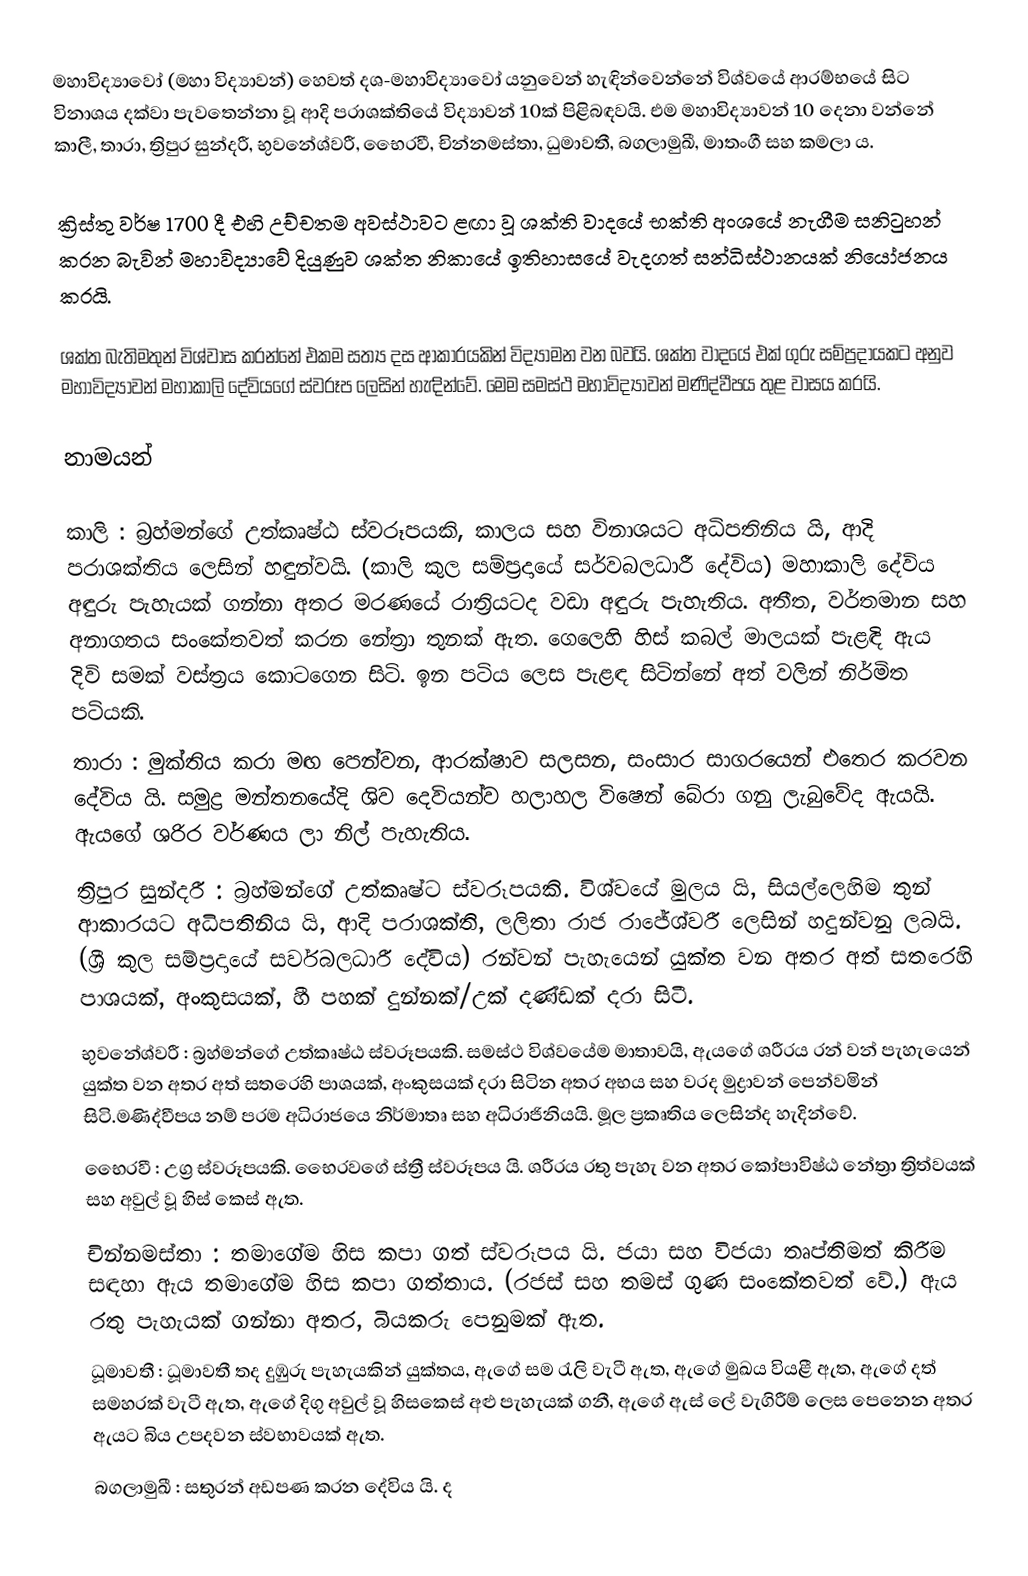
මහාවිද්‍යාවෝ (මහා විද්‍යාවන්) හෙවත් දශ-මහාවිද්‍යාවෝ යනුවෙන් හැඳින්වෙන්නේ විශ්වයේ ආරම්භයේ සිට විනාශය දක්වා පැවතෙන්නා වූ ආදි පරාශක්තියේ විද්‍යාවන් 10ක් පිළිබඳවයි. එම මහාවිද්‍යාවන් 10 දෙනා වන්නේ කාලී, තාරා, ත්‍රිපුර සුන්දරී, භුවනේශ්වරී, භෛරවී, චින්නමස්තා, ධුමාවතී, බගලාමුඛී, මාතංගී සහ කමලා ය.

ක්‍රිස්තු වර්ෂ 1700 දී එහි උච්චතම අවස්ථාවට ළඟා වූ ශක්ති වාදයේ භක්ති අංශයේ නැගීම සනිටුහන් කරන බැවින් මහාවිද්‍යාවේ දියුණුව ශක්ත නිකායේ ඉතිහාසයේ වැදගත් සන්ධිස්ථානයක් නියෝජනය කරයි.

ශක්ත බැතිමතුන් විශ්වාස කරන්නේ එකම සත්‍ය දස ආකාරයකින් විද්‍යාමන වන බවයි. ශක්ත වාදයේ එක් ගුරු සම්ප්‍රදායකට අනුව මහාවිද්‍යාවන් මහාකාලි දේවියගේ ස්වරූප ලෙසින් හැඳින්වේ. මෙම සමස්ථ මහාවිද්‍යාවන් මණිද්වීපය තුළ වාසය කරයි.

නාමයන්

 කාලි : බ්‍රහ්මන්ගේ උත්කෘෂ්ඨ ස්වරූපයකි, කාලය සහ විනාශයට අධිපතිනිය යි, ආදි පරාශක්තිය ලෙසින් හඳුන්වයි. (කාලි කුල සම්ප්‍රදායේ සර්වබලධාරී දේවිය) මහාකාලි දේවිය අඳුරු පැහැයක් ගන්නා අතර මරණයේ රාත්‍රියටද වඩා අඳුරු පැහැතිය. අතීත, වර්තමාන සහ අනාගතය සංකේතවත් කරන නේත්‍රා තුනක් ඇත. ගෙලෙහි හිස් කබල් මාලයක් පැළඳි ඇය දිවි සමක් වස්ත්‍රය කොටගෙන සිටි. ඉන පටිය ලෙස පැළඳ සිටින්නේ අත් වලින් නිර්මිත පටියකි.
 තාරා : මුක්තිය කරා මඟ පෙන්වන, ආරක්ෂාව සලසන, සංසාර සාගරයෙන් එතෙර කරවන දේවිය යි. සමුද්‍ර මන්තනයේදි ශිව දෙවියන්ව හලාහල විෂෙන් බේරා ගනු ලැබුවේද ඇයයි. ඇයගේ ශරිර වර්ණය ලා නිල් පැහැතිය.
 ත්‍රිපුර සුන්දරී : බ්‍රහ්මන්ගේ උත්කෘෂ්ට ස්වරූපයකි. විශ්වයේ මුලය යි, සියල්ලෙහිම තුන් ආකාරයට අධිපතිනිය යි, ආදි පරාශක්ති, ලලිතා රාජ රාජේශ්වරී ලෙසින් හදුන්වනු ලබයි. (ශ්‍රී කුල සම්ප්‍රදායේ සර්වබලධාරී දේවිය) රන්වන් පැහැයෙන් යුක්ත වන අතර අත් සතරෙහි පාශයක්, අංකුසයක්, හී පහක් දුන්නක්/උක් දණ්ඩක් දරා සිටී.
 භුවනේශ්වරී : බ්‍රහ්මන්ගේ උත්කෘෂ්ඨ ස්වරූපයකි. සමස්ථ විශ්වයේම මාතාවයි, ඇයගේ ශරීරය රන් වන් පැහැයෙන් යුක්ත වන අතර අත් සතරෙහි පාශයක්, අංකුසයක් දරා සිටින අතර අභය සහ වරද මුද්‍රාවන් පෙන්වමින් සිටි.මණිද්වීපය නම් පරම අධිරාජයෙ නිර්මාතෘ සහ අධිරාජිනියයි. මූල ප්‍රකෘතිය ලෙසින්ද හැදින්වේ.
 භෛරවී : උග්‍ර ස්වරූපයකි. භෛරවගේ ස්ත්‍රී ස්වරූපය යි. ශරීරය රතු පැහැ වන අතර කෝපාවිෂ්ඨ නේත්‍රා ත්‍රිත්වයක් සහ අවුල් වූ හිස් කෙස් ඇත.
 චින්නමස්තා : තමාගේම හිස කපා ගත් ස්වරූපය යි. ජයා සහ විජයා තෘප්තිමත් කිරීම සඳහා ඇය තමාගේම හිස කපා ගත්තාය. (රජස් සහ තමස් ගුණ සංකේතවත් වේ.) ඇය රතු පැහැයක් ගන්නා අතර, බියකරු පෙනුමක් ඇත.
 ධූමාවතී : ධූමාවතී තද දුඹුරු පැහැයකින් යුක්තය, ඇගේ සම රැලි වැටී ඇත, ඇගේ මුඛය වියළී ඇත, ඇගේ දත් සමහරක් වැටී ඇත, ඇගේ දිගු අවුල් වූ හිසකෙස් අළු පැහැයක් ගනී, ඇගේ ඇස් ලේ වැගිරීම් ලෙස පෙනෙන අතර ඇයට බිය උපදවන ස්වභාවයක් ඇත.
 බගලාමුඛී : සතුරන් අඩපණ කරන දේවිය යි. ද